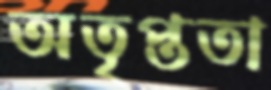
অতৃপ্ততা